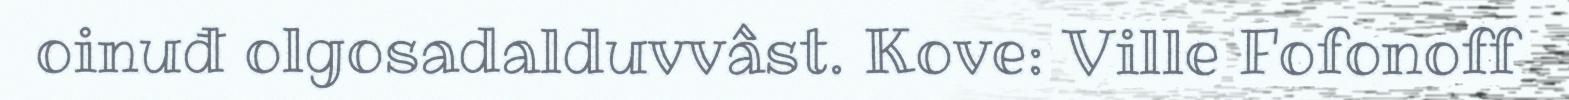
oinuđ olgosadalduvvâst. Kove: Ville Fofonoff